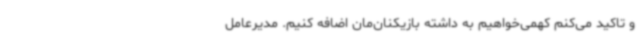
و تاکید می‌کنم کهمی‌خواهیم به داشته بازیکنان‌مان اضافه کنیم. مدیرعامل